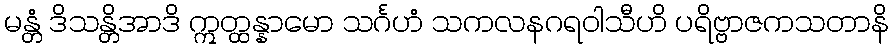
မန္တံ ဒိသန္တိအာဒိ ဣတ္ထန္နာမော သင်္ဂဟံ သကလနဂရဝါသီဟိ ပရိဗ္ဗာဇကသတာနိ